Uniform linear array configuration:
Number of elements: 12
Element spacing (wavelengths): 0.25
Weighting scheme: hamming
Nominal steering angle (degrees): -30
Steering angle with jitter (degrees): -29.056
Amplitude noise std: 0.05
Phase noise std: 0.05

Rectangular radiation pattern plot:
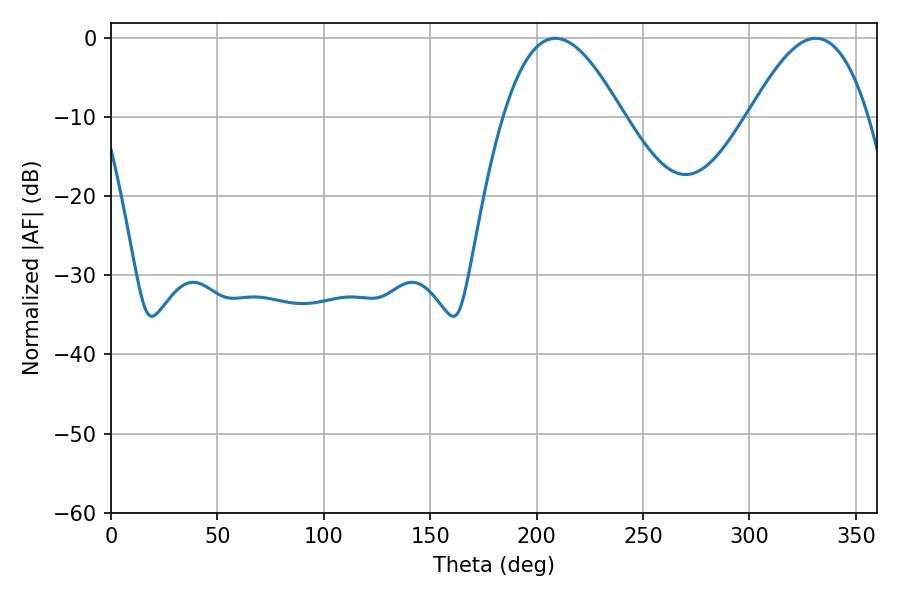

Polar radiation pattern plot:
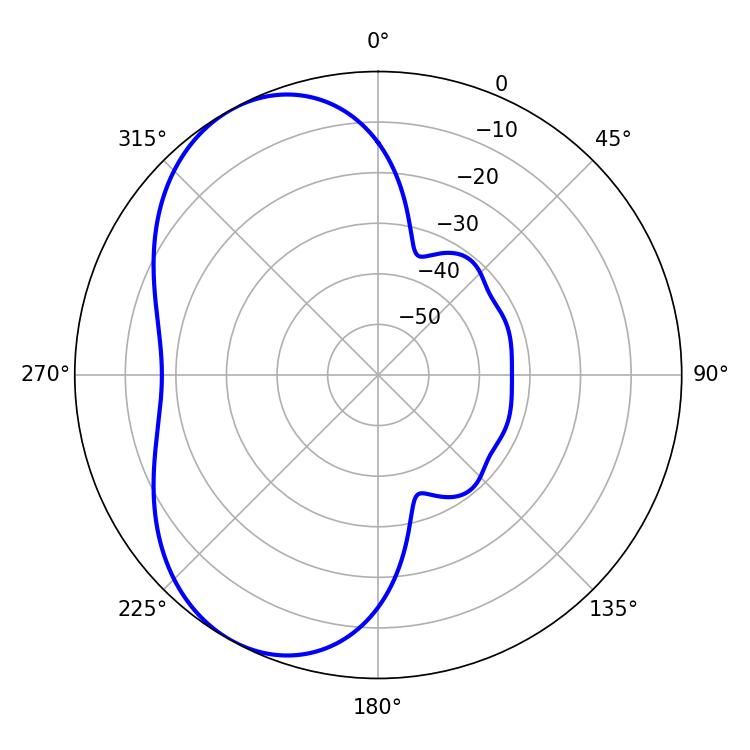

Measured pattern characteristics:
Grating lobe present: FALSE
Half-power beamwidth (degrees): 30.42
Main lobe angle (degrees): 208.8